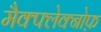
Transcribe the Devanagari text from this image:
मैक्फ्लेक्नोफ़